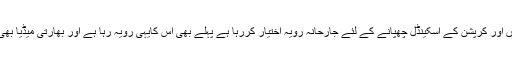
اب جس طرح بھارت اپنی داخلی کمزوریوں اور کرپشن کے اسکینڈل چھپانے کے لئے جارحانہ رویہ اختیار کررہا ہے پہلے بھی اس کایہی رویہ رہا ہے اور بھارتی میڈیا بھی اس سلسلے میں اس کا پورا ساتھ دیتا ہے۔